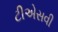
ટીએસવી